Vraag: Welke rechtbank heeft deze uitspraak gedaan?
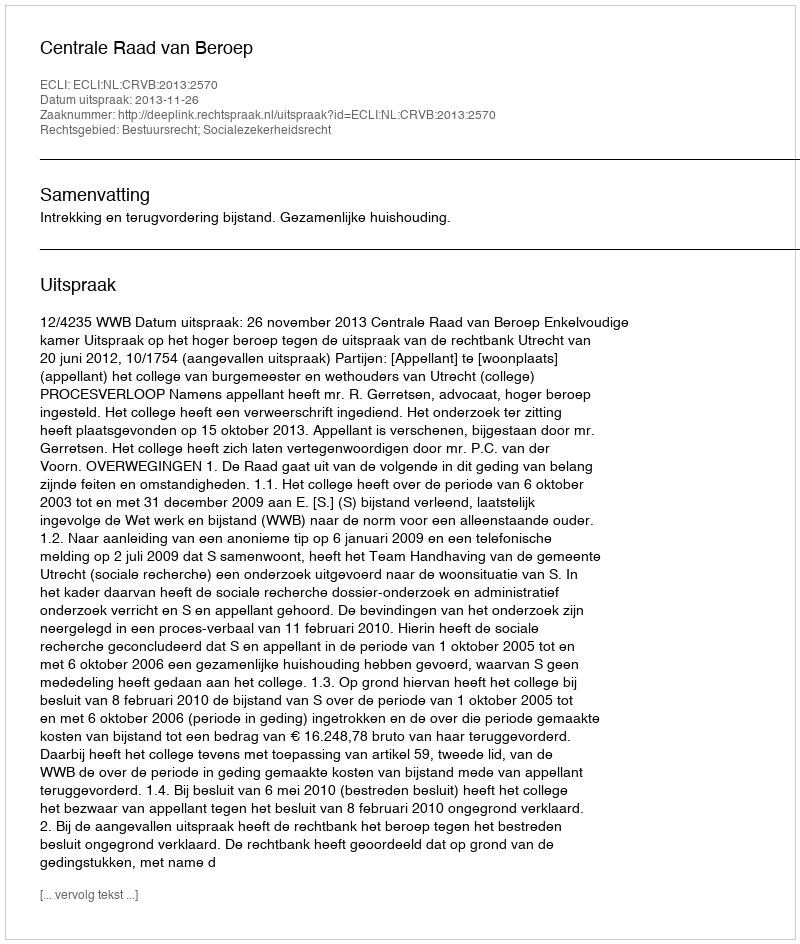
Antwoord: Centrale Raad van Beroep